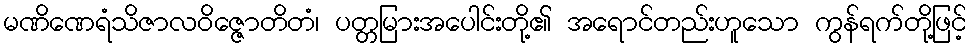
မဏိဏေရံသိဇာလဝိဇ္ဇောတိတံ၊ ပတ္တမြားအပေါင်းတို့၏ အရောင်တည်းဟူသော ကွန်ရက်တို့ဖြင့်